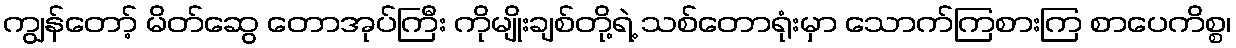
ကျွန်တော့် မိတ်ဆွေ တောအုပ်ကြီး ကိုမျိုးချစ်တို့ရဲ့ သစ်တောရုံးမှာ သောက်ကြစားကြ စာပေကိစ္စ၊